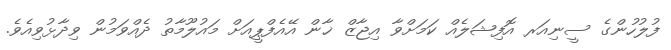
ފުލުހުންގެ ސީނިއަރ އޮފިޝަލެއް ކަމަށްވާ އިޖާޒް ޚާން އޭއެފްޕީއަށް މައުލޫމާތު ދެއްވަމުން ވިދާޅުވިއެވެ.